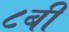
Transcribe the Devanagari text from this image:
८बी